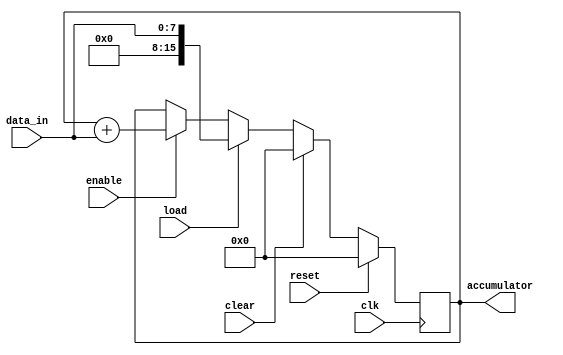
module accumulator (
    input wire clk,
    input wire reset,
    input wire enable,
    input wire load,
    input wire clear,
    input wire [7:0] data_in,
    output reg [15:0] accumulator
);

always @(posedge clk) begin
    if (reset)
        accumulator <= 16'h0000;
    else if (clear)
        accumulator <= 16'h0000;
    else if (load)
        accumulator <= {8'h00, data_in};
    else if (enable)
        accumulator <= accumulator + {8'h00, data_in};
end

endmodule